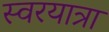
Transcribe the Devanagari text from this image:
स्वरयात्रा